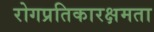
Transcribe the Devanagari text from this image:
रोगप्रतिकारक्षमता